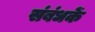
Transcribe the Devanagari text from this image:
संबंधकें